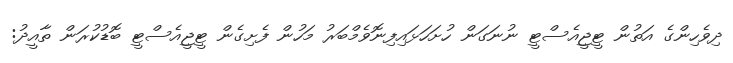
ދިވެހިންގެ އަތުން ޓީޖީއެސްޓީ ނުނަގަން ހުށަހަޅައިފިނޮވެމްބަރު މަހުން ފެށިގެން ޓީޖީއެސްޓީ ބޮޑުކުރަން ތާއީދު: